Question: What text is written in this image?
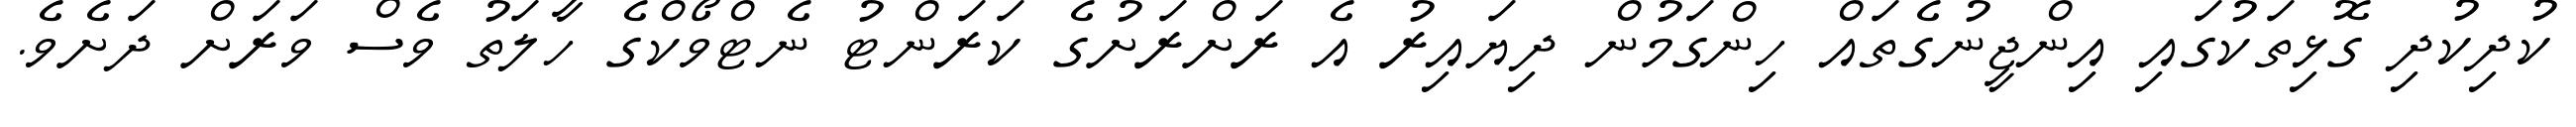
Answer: ކުދިކުދި ގޮޅިތަކުގައި އިންޖީނުގެތައް ހިންގަމުން ދިޔައިރު އެ ރަށްރަށުގެ ކަރަންޓު ނެޓްވޯކްގެ ހާލަތު ވެސް ވަރަށް ދަށެވެ.